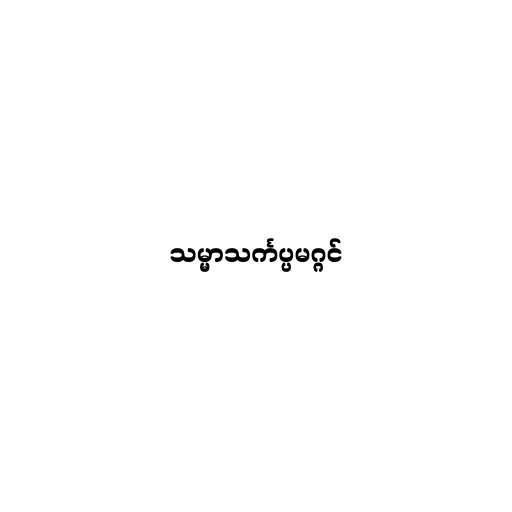
သမ္မာသင်္ကပ္ပမဂ္ဂင်